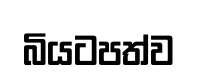
බියටපත්ව